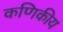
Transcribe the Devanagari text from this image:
कणिकीय